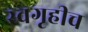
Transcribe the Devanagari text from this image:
स्वगृहीच